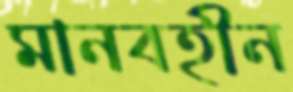
মানবহীন